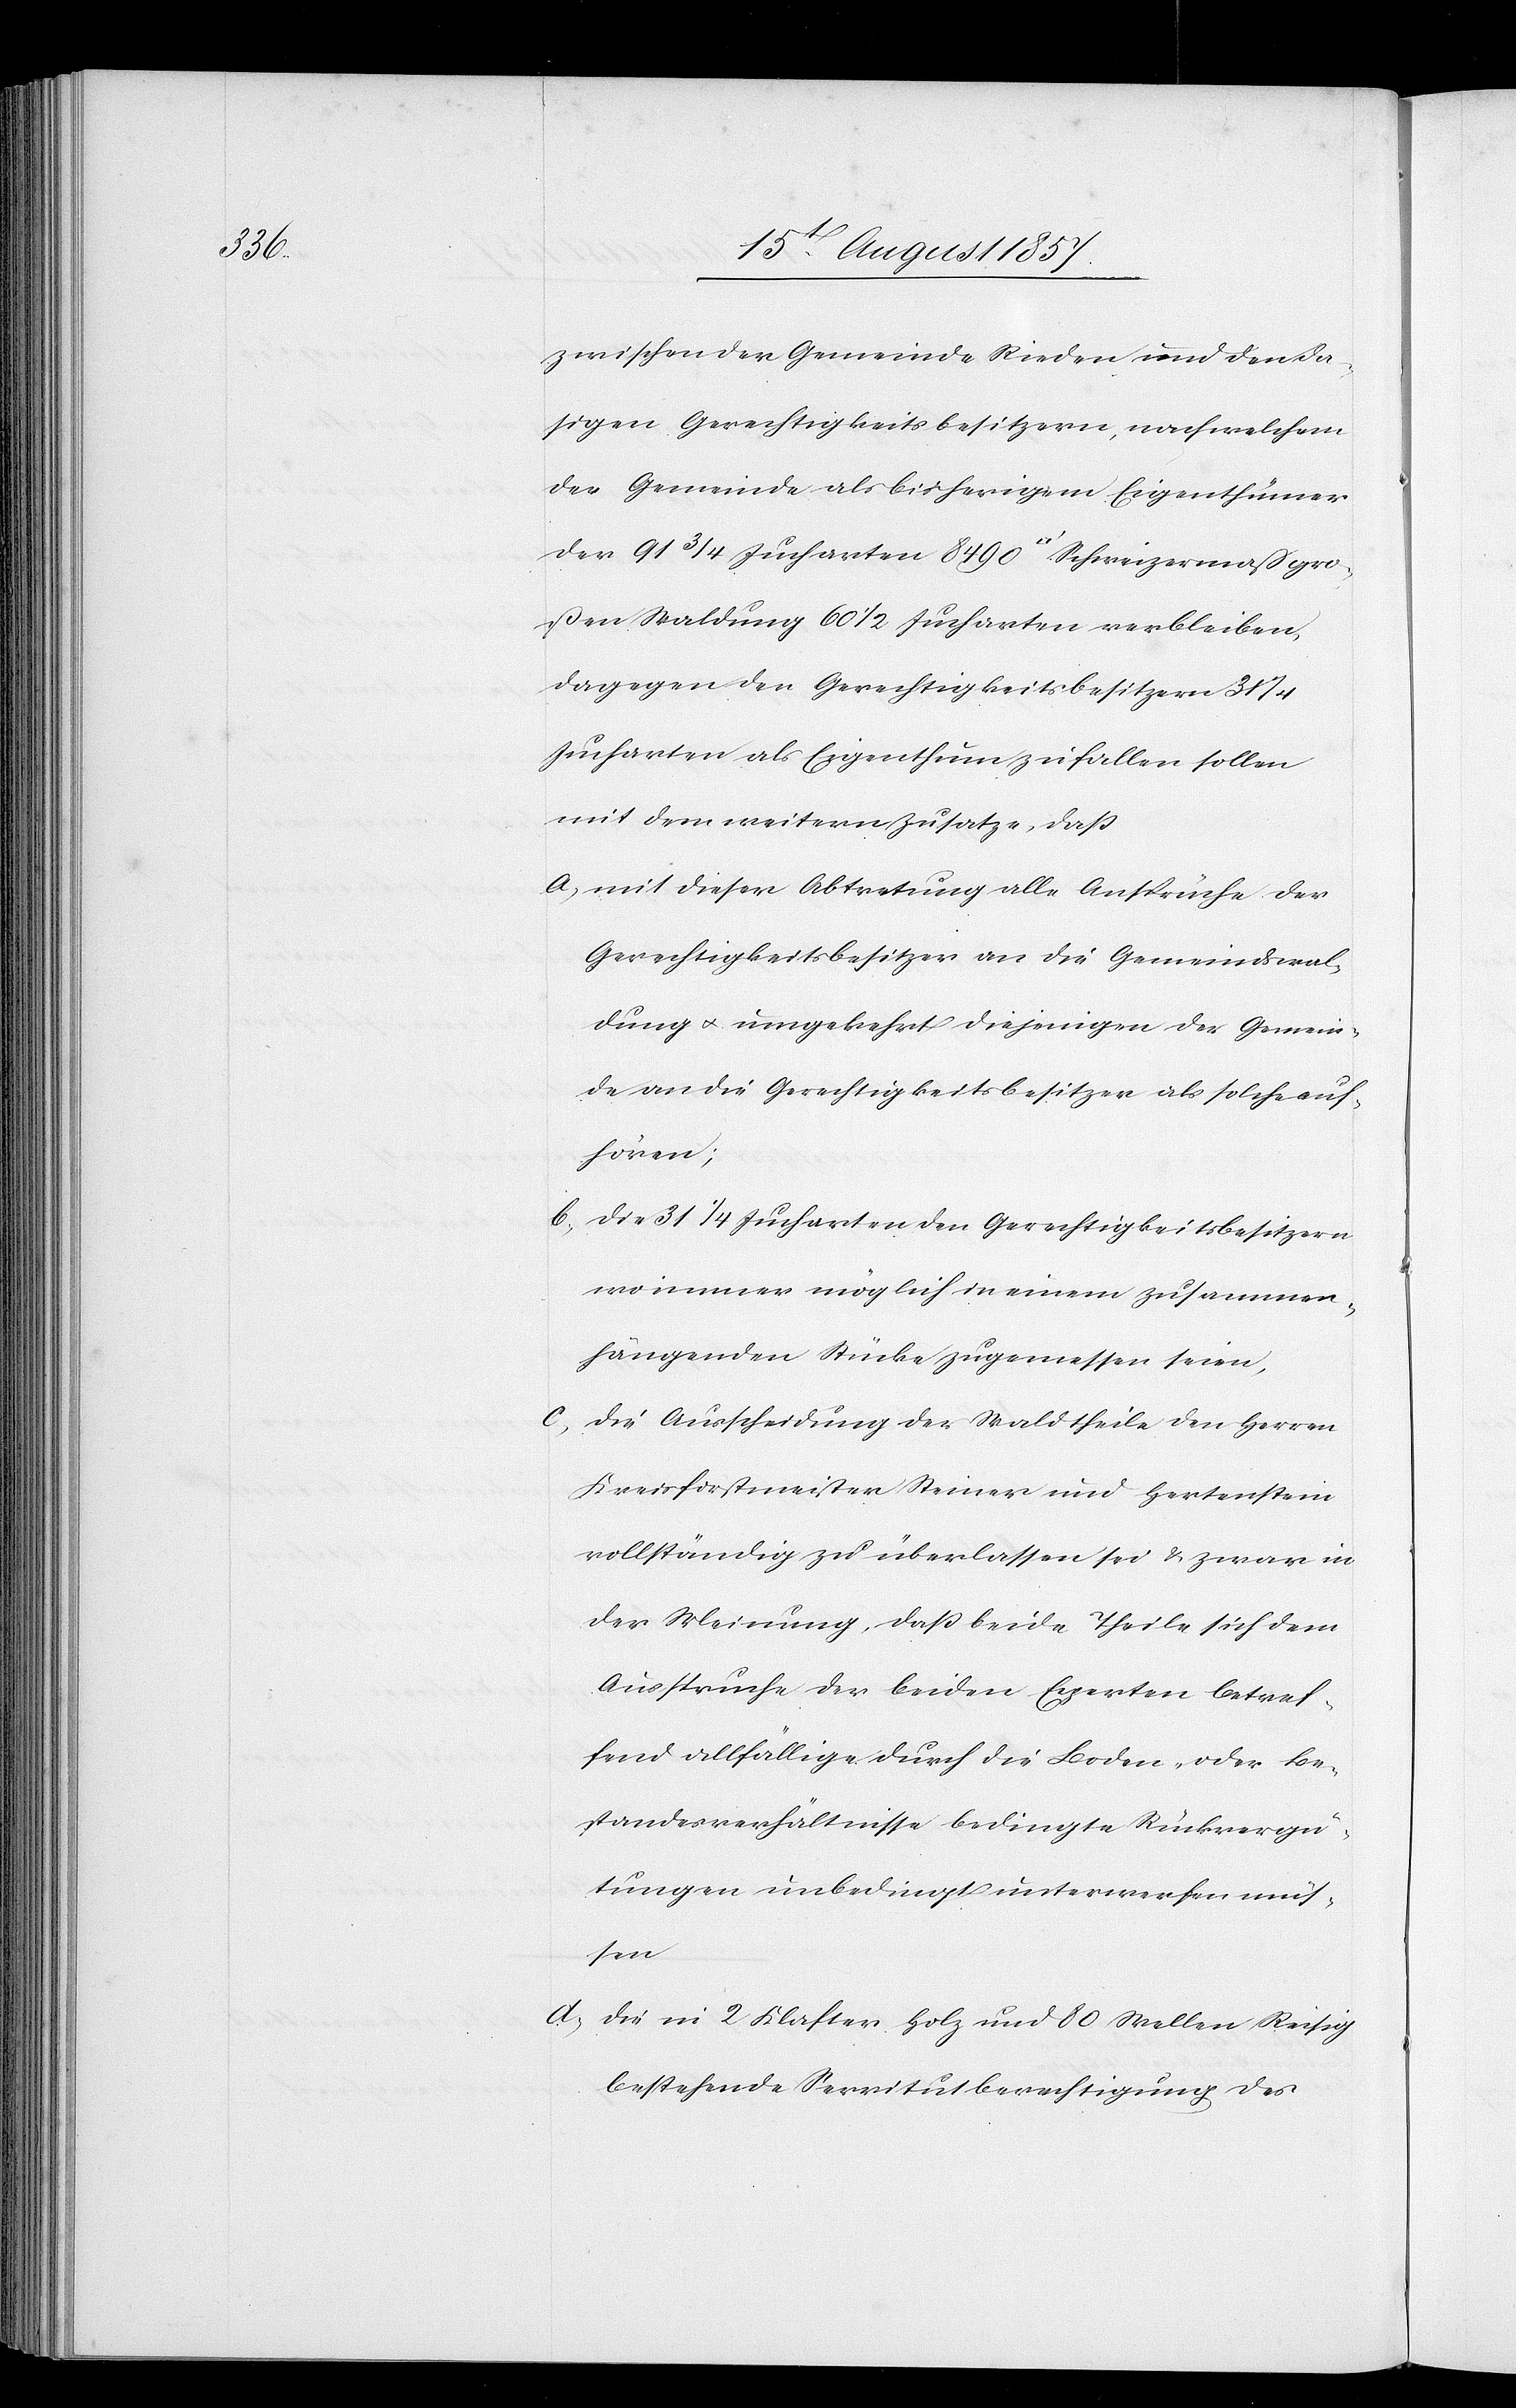
zwischen der Gemeinde Rieden und den da¬
sigen Gerechtigkeitsbesitzern, nach welchem
der Gemeinde als bisherigen Eigenthümer
der 91 3/4 Jucharten 8490 [Quadratfuß] Schweizermaß gro¬
ßen Waldung 60 1/2 Jucharten verbleiben,
dagegen den Gerechtigkeitsbesitzern 31
Jucharten als Eigenthum zufallen sollen
mit dem weitern Zusatze, daß
a) mit dieser Abtretung alle Ansprüche der
Gerechtigkeitsbesitzer an die Gemeindswal¬
dung & umgekehrt diejenigen der Gemein¬
de an die Gerechtigkeitsbesitzer als solche auf¬
hören;
b) die 31 1/4 Jucharten den Gerechtigkeitsbesitzern
wo immer möglich in einem zusammen¬
hängenden Stücke zugemessen seien,
die Ausscheidung der Waldtheile den Herren
Kreisforstmeister Steiner und Hertenstein
vollständig zu überlassen sei & zwar in
der Meinung, daß beide Theile sich dem
Anspruche der beiden Experten betref¬
fend allfällige durch die Boden- oder Be¬
standesverhältnisse bedingte Rückvergü¬
tungen unbedingt unterwerfen müs¬
sen
d) die in 2 Klafter Holz und 80 Wellen Reisig
bestehende Servitutsberechtigung des